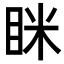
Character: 眯